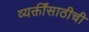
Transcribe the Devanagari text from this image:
व्यक्तींसाठीची